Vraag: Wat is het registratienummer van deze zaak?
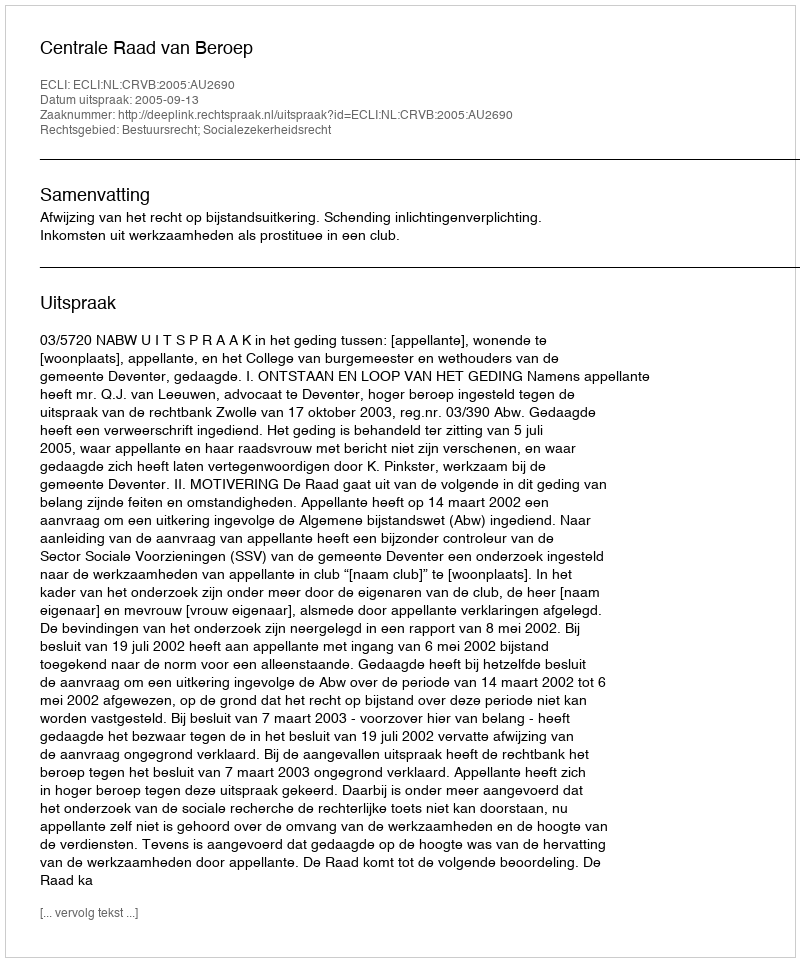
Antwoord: http://deeplink.rechtspraak.nl/uitspraak?id=ECLI:NL:CRVB:2005:AU2690